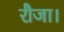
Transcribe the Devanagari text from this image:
रौजा।